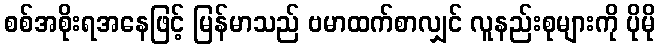
စစ်အစိုးရအနေဖြင့် မြန်မာသည် ဗမာထက်စာလျှင် လူနည်းစုများကို ပိုမို